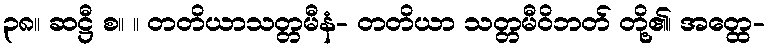
၃၈။ ဆဋ္ဌီ စ။ ။ တတိယာသတ္တမီနံ- တတိယာ သတ္တမီဝိဘတ် တို့၏၊ အတ္ထေ-